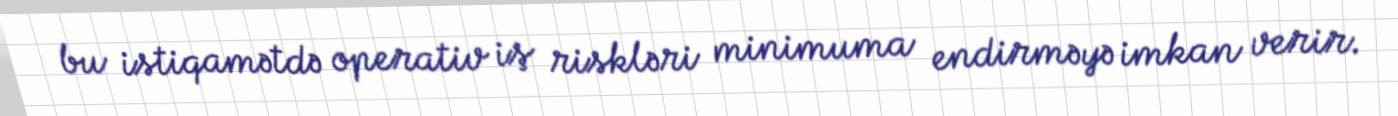
bu istiqamətdə operativ iş riskləri minimuma endirməyə imkan verir.